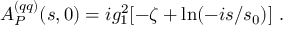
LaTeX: A _ { \cal P } ^ { ( q q ) } ( s , 0 ) = i g _ { 1 } ^ { 2 } [ - \zeta + \ln ( - i s / s _ { 0 } ) ] \ .